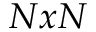
N x N